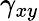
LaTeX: \gamma_{xy}